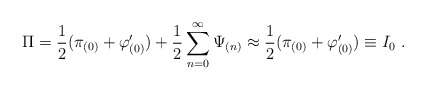
\begin{align*}{\Pi} = \frac{1}{2}(\pi_{(0)} + \varphi'_{(0)}) + \frac{1}{2}\sum_{n = 0}^{\infty} {\Psi}_{(n)} \approx \frac{1}{2}(\pi_{(0)} + \varphi'_{(0)}) \equiv I_0 \ .\end{align*}